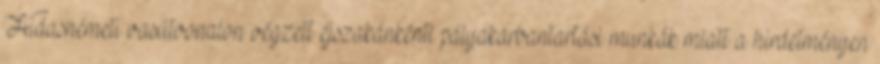
Hidasnémeti vasútvonalon végzett éjszakánkénti pályakarbantartási munkák miatt a hirdetményen